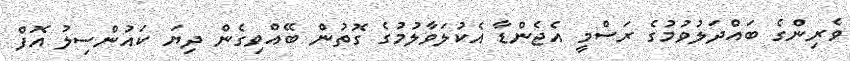
ވެރިންގެ ބައްދަލުވުމުގެ ރަސްމީ އެޖެންޑާ އެކުލަވާލުމުގެ ގޮތުން ބޭއްވިގެން ދިޔަ ކައުންސިލު އޮފް